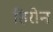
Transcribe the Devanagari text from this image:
हिरोन